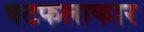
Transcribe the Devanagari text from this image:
षटफलाकार